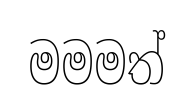
මමමත්